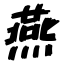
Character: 燕